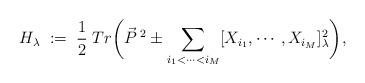
LaTeX: \begin{align*}H_\lambda \;:=\;\frac 1 2 \; Tr \biggl( \vec P^{\;2} \pm\sum_{i_1<\cdots<i_M} [X_{i_1},\cdots,X_{i_M}]_\lambda^2\biggr),\end{align*}